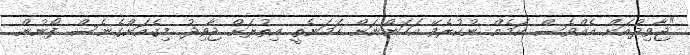
"ޖާވިދުއަށް އެއްވެސް ކަމެއް ނުކުރެވޭ އަހަންނަށް ހަމަނެތީ އިތުރަށް ޖާވިދު މިގެއަށްގެނެސް ފޯނުން